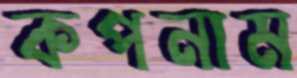
কপনাম